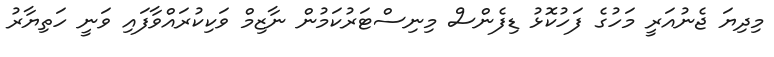
މިދިޔަ ޖެނުއަރީ މަހުގެ ފަހުކޮޅު ޑިފެންސް މިނިސްޓަރުކަމުން ނާޒިމް ވަކިކުރައްވާފައި ވަނީ ހަތިޔާރު